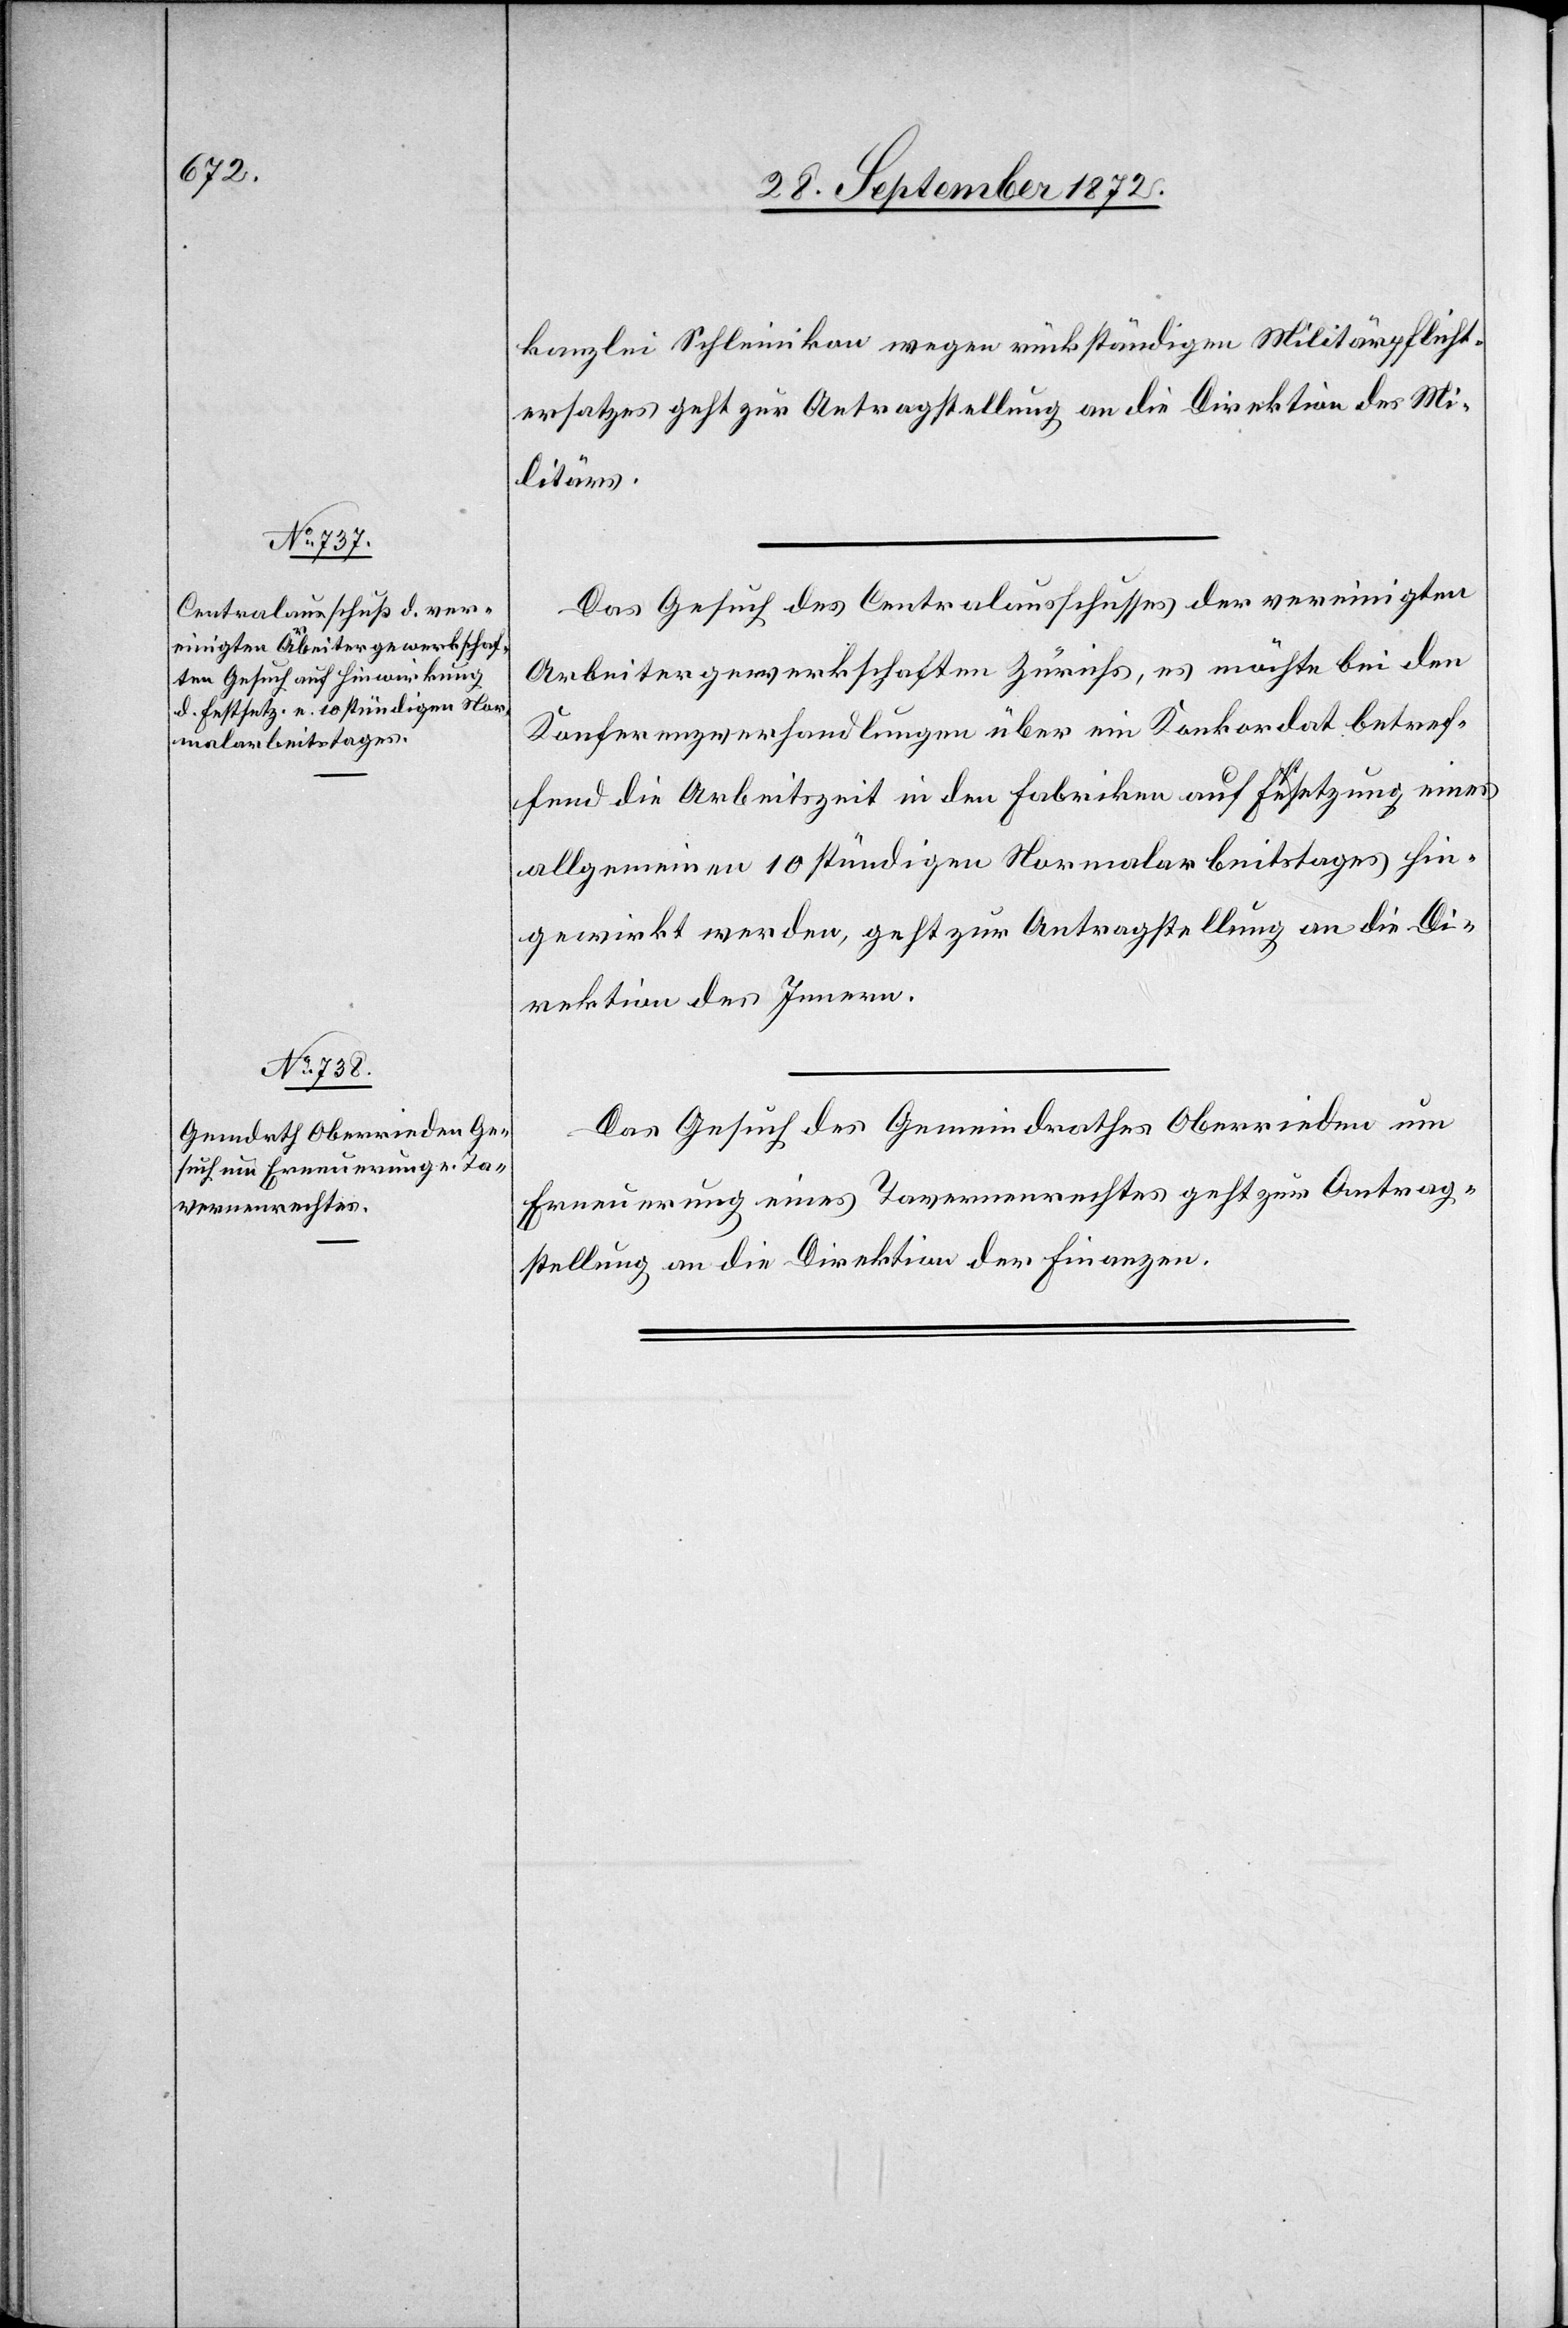
kanzlei Schleinikon wegen rückständigen Militärpflicht¬
ersatzes geht zur Antragstellung an die Direktion des Mi¬
litärs.
Das Gesuch des Centralausschusses der vereinigten
Arbeitergewerkschaften Zürichs, es möchte bei den
Konferenzverhandlungen über ein Konkordat betref¬
fend die Arbeitszeit in den Fabriken auf Festsetzung eines
allgemeinen 10 stündigen Normalarbeitstages hin¬
gewirkt werden, geht zur Antragstellung an die Di¬
rektion des Innern.
Das Gesuch des Gemeindrathes Oberrieden um
Erneuerung eines Tavernenrechtes geht zur Antrag¬
stellung an die Direktion der Finanzen.